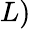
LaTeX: L)